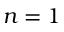
n = 1